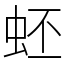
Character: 蚽